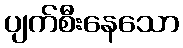
ပျက်စီးနေသော